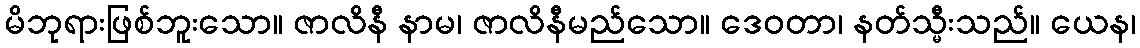
မိဘုရားဖြစ်ဘူးသော။ ဇာလိနီ နာမ၊ ဇာလိနီမည်သော။ ဒေဝတာ၊ နတ်သ္မီးသည်။ ယေန၊